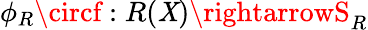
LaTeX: \phi_{R}\circf:R(\mathit{X})\rightarrowS_{R}